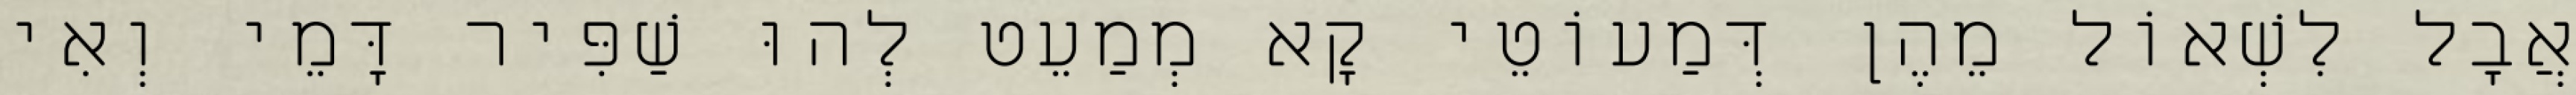
אֲבָל לִשְׁאוֹל מֵהֶן דְּמַעוֹטֵי קָא מְמַעֵט לְהוּ שַׁפִּיר דָּמֵי וְאִי